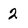
Character: 2